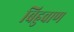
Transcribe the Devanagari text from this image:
बिहुवाण